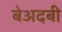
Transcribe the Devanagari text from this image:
बेअदबी